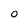
Character: o